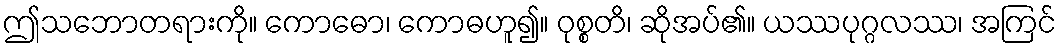
ဤသဘောတရားကို။ ကောဓော၊ ကောဓဟူ၍။ ဝုစ္စတိ၊ ဆိုအပ်၏။ ယဿပုဂ္ဂလဿ၊ အကြင်